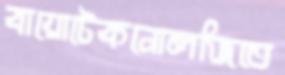
বায়োটেকনোলজিতে